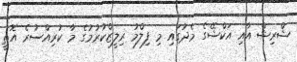
ޝްރިޝް އާއި އަކްޝޭގެ މެދުގައި މި ފިލްމު ރިލީޒްކުރުމުގެ މާ ކުރިއްސުރެ އޮތީ